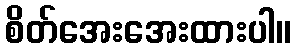
စိတ်အေးအေးထားပါ။